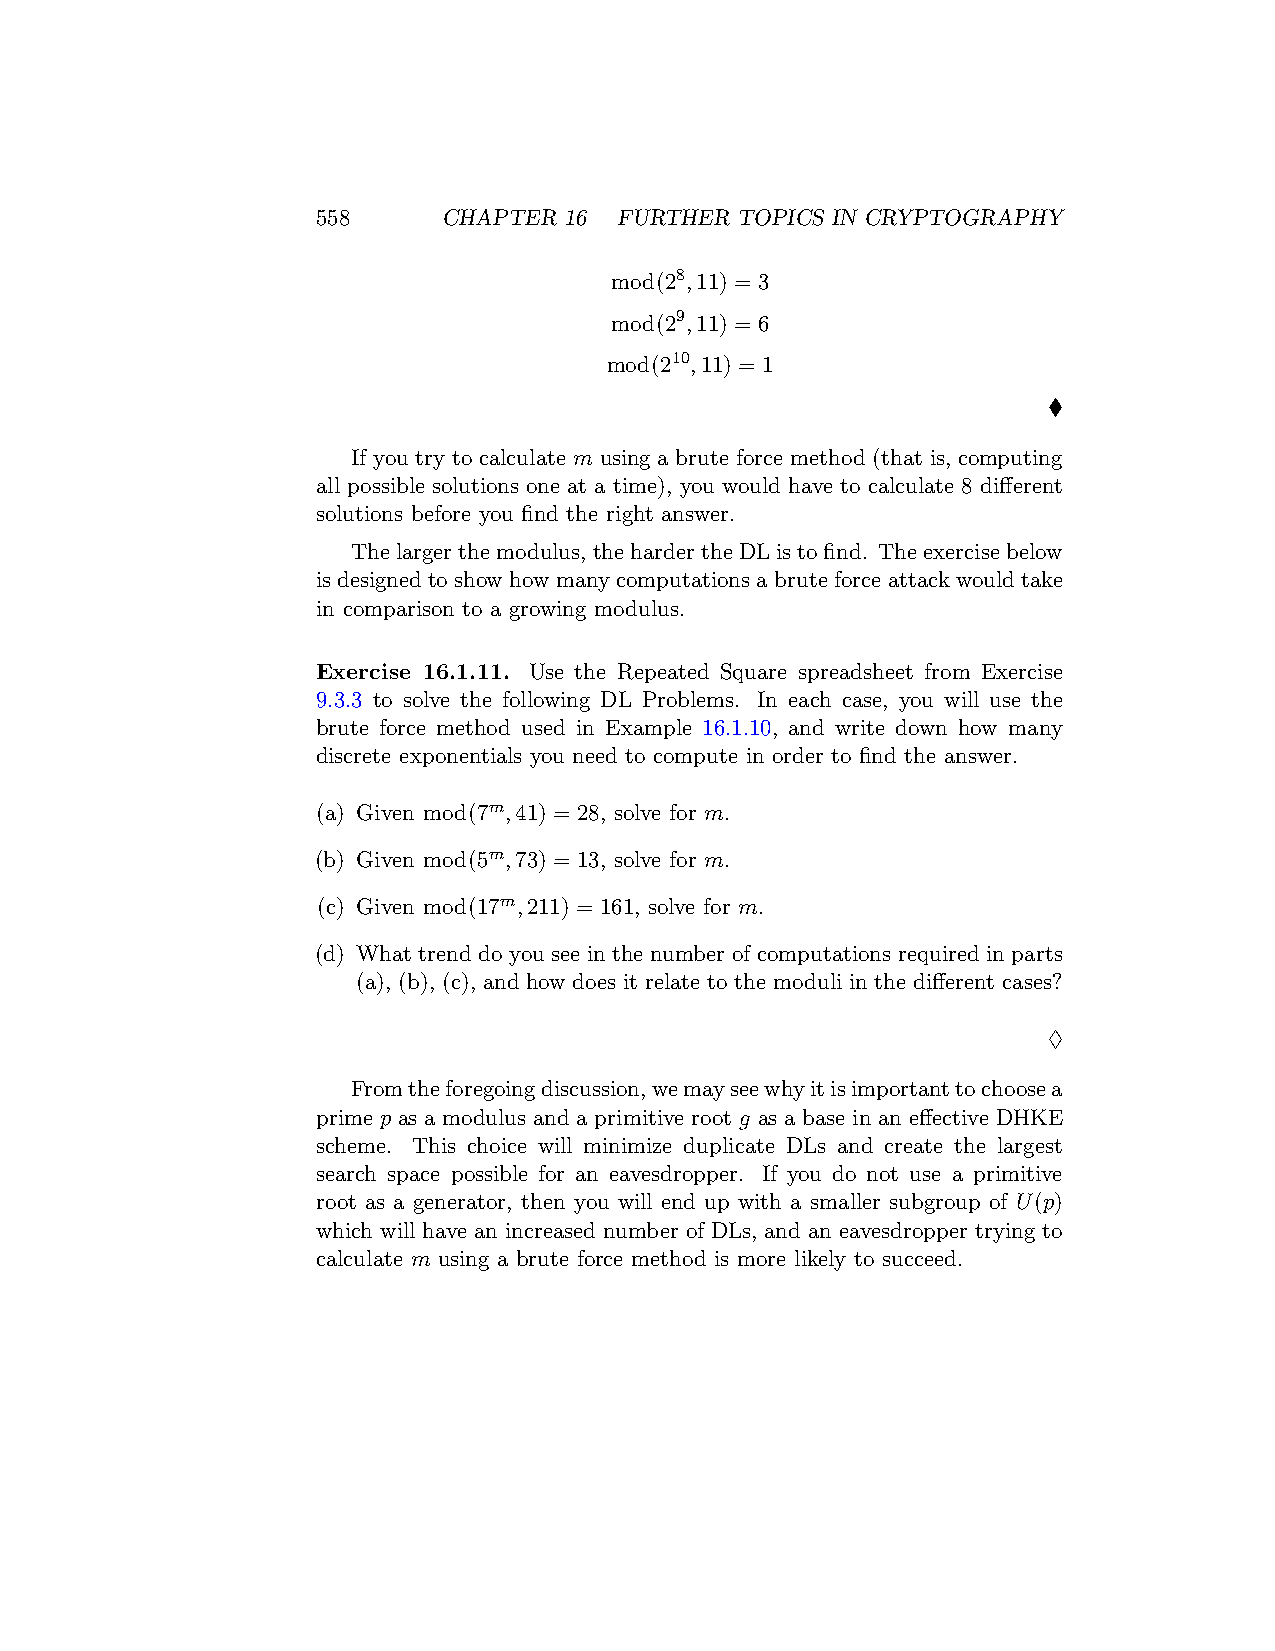
558     CHAPTER 16  FURTHER TOPICS IN CRYPTOGRAPHY
 mod(28,11) = 3
 mod(29,11) = 6
 mod(210,11) = 1
 ♦
 If you try to calculate m using a brute force method (that is, computing
 all possible solutions one at a time), you would have to calculate 8 different
 solutions before you find the right answer.
 Thelargerthemodulus, thehardertheDListofind. Theexercisebelow
 is designed to show how many computations a brute force attack would take
 in comparison to a growing modulus.
 Exercise 16.1.11. Use the Repeated Square spreadsheet from Exercise
 9.3.3 to solve the following DL Problems. In each case, you will use the
 brute force method used in Example 16.1.10, and write down how many
 discrete exponentials you need to compute in order to find the answer.
 (a) Given mod(7m,41) = 28, solve for m.
 (b) Given mod(5m,73) = 13, solve for m.
 (c) Given mod(17m,211) = 161, solve for m.
 (d) What trend do you see in the number of computations required in parts
 (a), (b), (c), and how does it relate to the moduli in the different cases?
 ♢
 Fromtheforegoingdiscussion,wemayseewhyitisimportanttochoosea
 prime p as a modulus and a primitive root g as a base in an effective DHKE
 scheme. This choice will minimize duplicate DLs and create the largest
 search space possible for an eavesdropper. If you do not use a primitive
 root as a generator, then you will end up with a smaller subgroup of U(p)
 which will have an increased number of DLs, and an eavesdropper trying to
 calculate m using a brute force method is more likely to succeed.